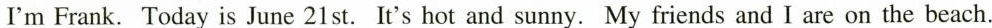
I'm Frank. Today is June 21st. It's hot and sunny. My friends and I are on the beach.